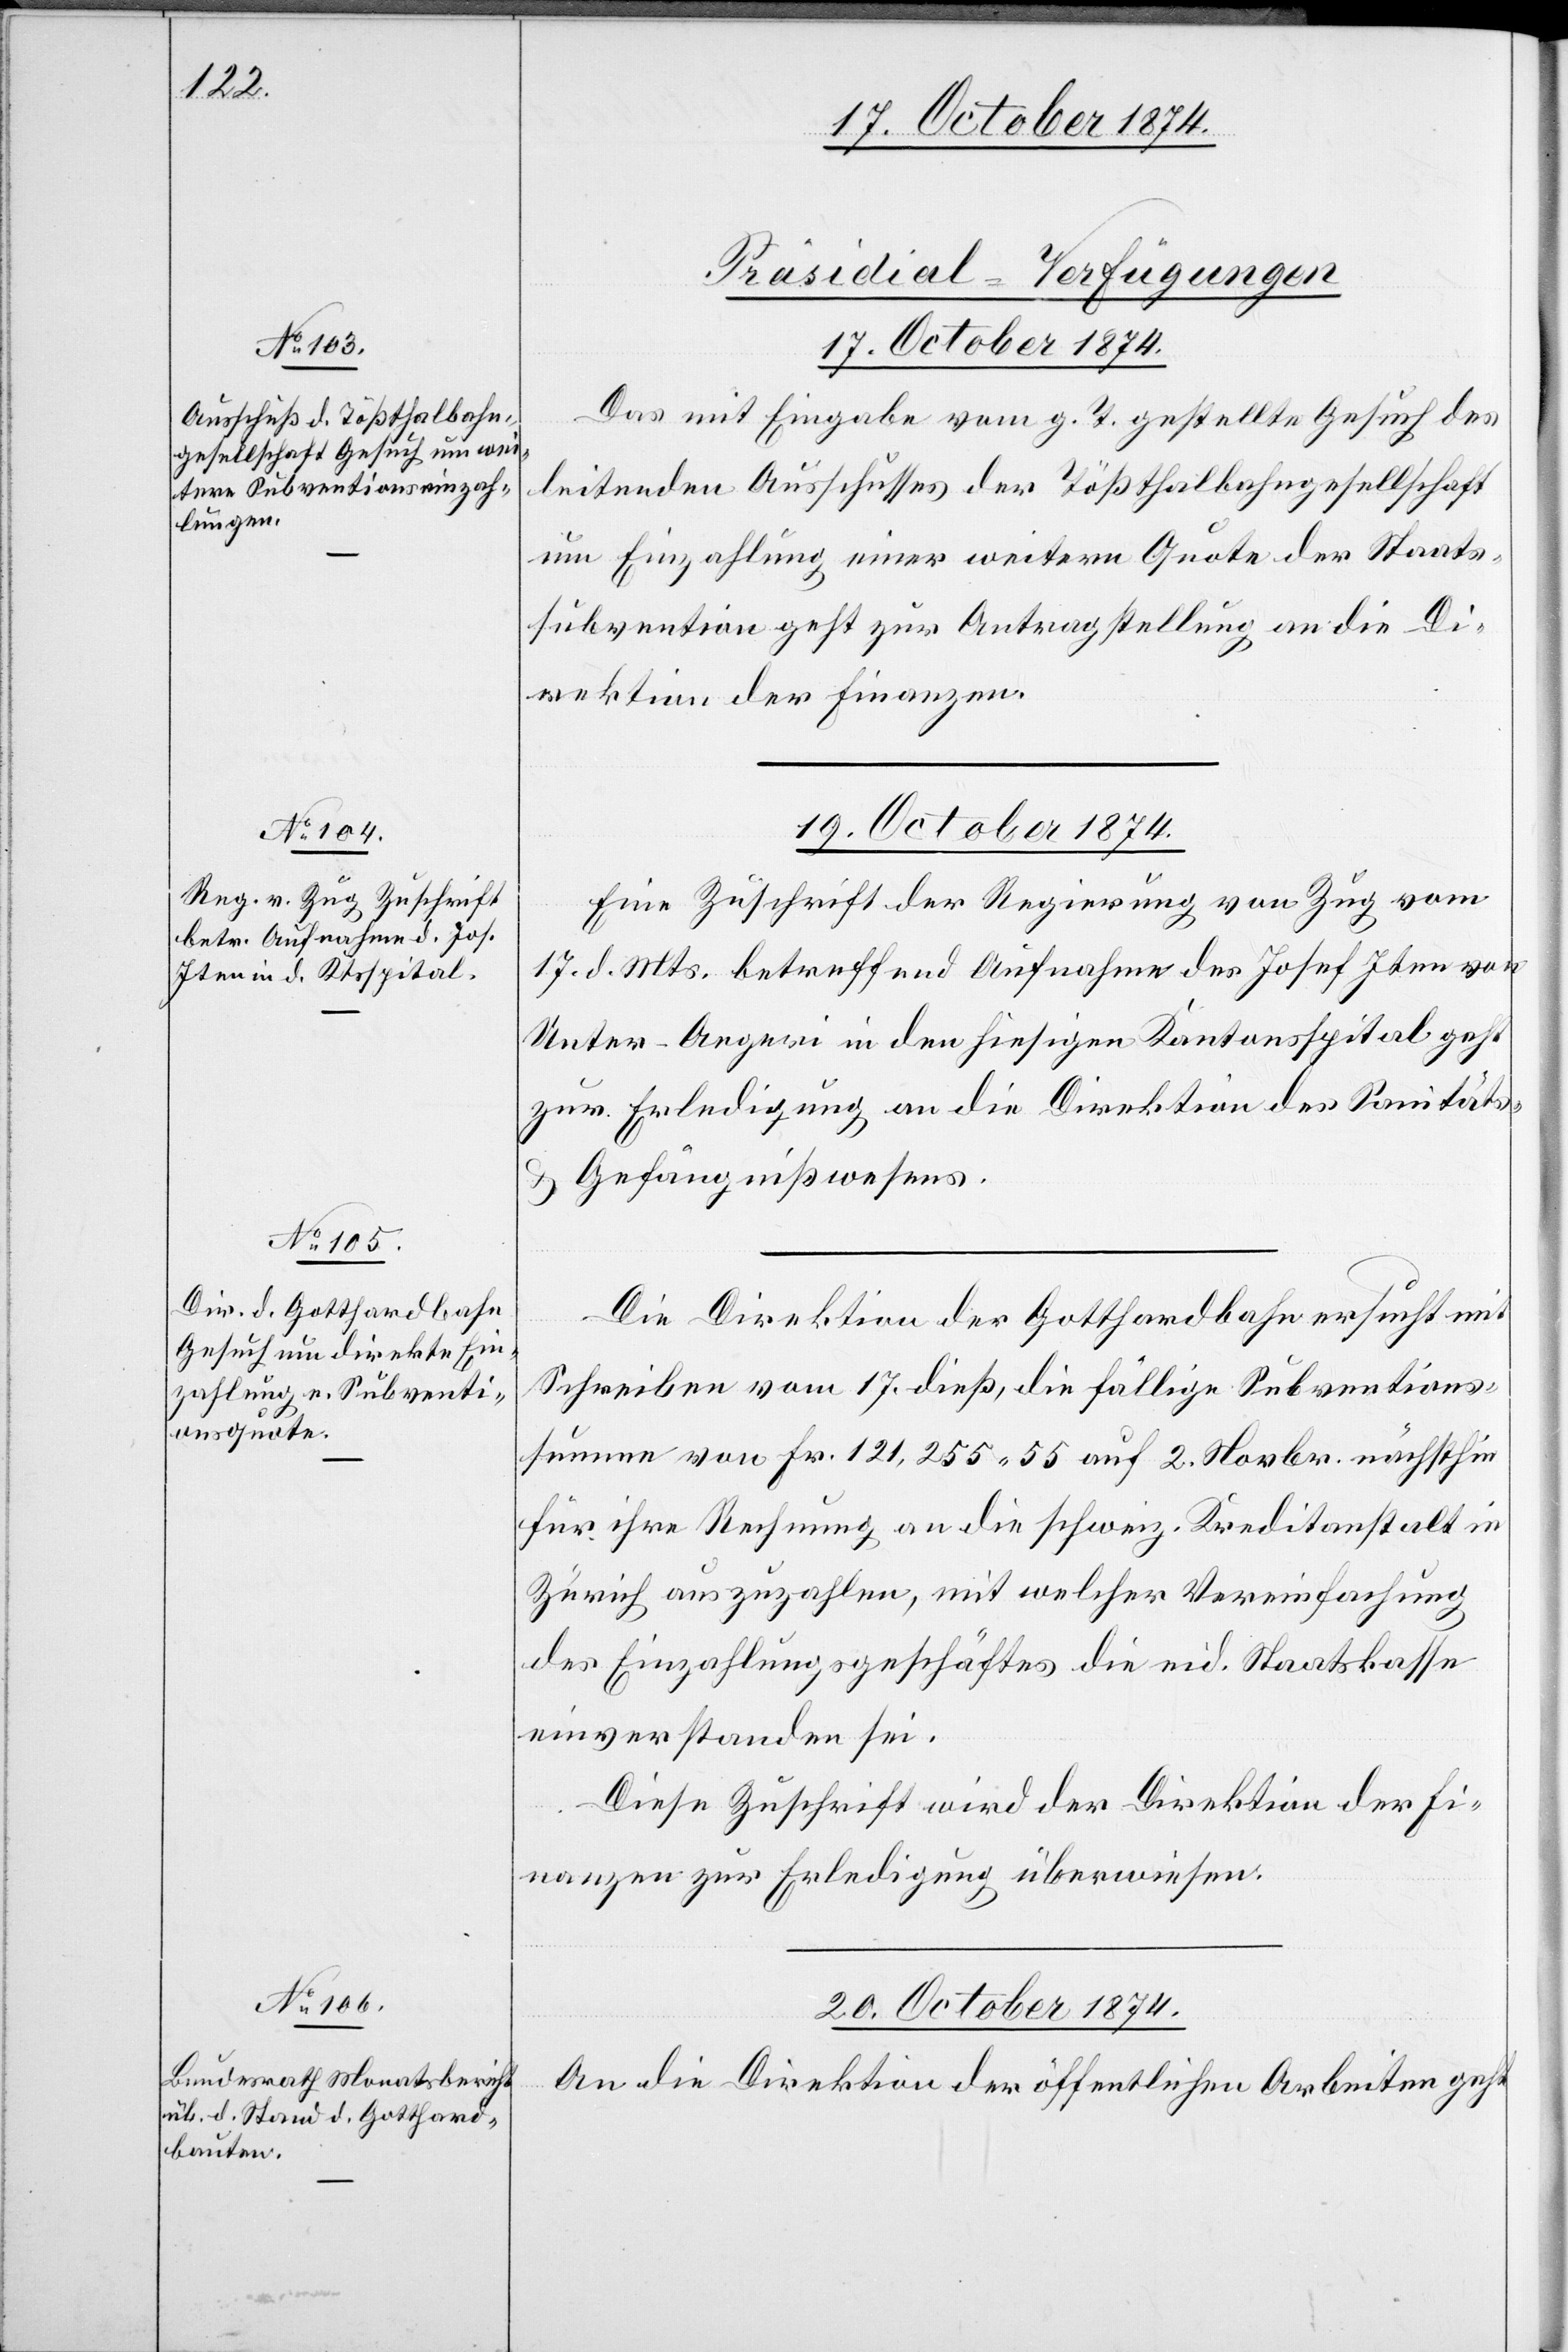
[Präsidial-Verfügungen]
17. October 1874.
Das mit Eingabe vom g. T. gestellte Gesuch des
leitenden Ausschusses der Tößthaltbahngesellschaft
um Einzahlung einer weitern Quote der Staats¬
subvention geht zur Antragstellung an die Di¬
rektion der Finanzen.
19. October 1874.]
Eine Zuschrift der Regierung von Zug vom
17. d. Mts. betreffend Aufnahme des Josef Iten von
Unter-Aegeri in den hiesigen Kantonsspital geht
zur Erledigung an die Direktion des Sanitäts-
& Gefängnißwesens.
Die Direktion der Gotthardbahn ersucht mit
Schreiben vom 17. dieß, die fällige Subventions¬
summe von Fr. 121,255.55 auf 2. Novbr. nächsthin
für ihre Rechnung an die schweiz. Kreditanstalt in
Zürich auszuzahlen, mit welcher Vereinfachung
des Einzahlungsgeschäftes die eid. Staatskasse
einverstanden sei.
Diese Zuschrift wird der Direktion der Fi¬
nanzen zur Erledigung überwiesen.
20. October 1874.
An die Direktion der öffentlichen Arbeiten geht